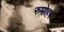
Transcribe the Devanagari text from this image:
रुमोहर